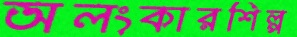
অলংকারশিল্প